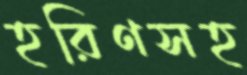
হরিণসহ